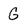
Character: G